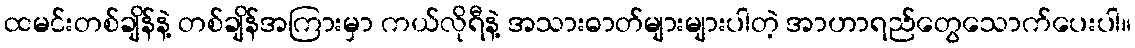
ထမင်းတစ်ချိန်နဲ့ တစ်ချိန်အကြားမှာ ကယ်လိုရီနဲ့ အသားဓာတ်များများပါတဲ့ အာဟာရည်တွေသောက်ပေးပါ။